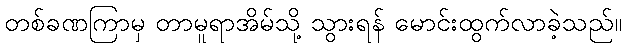
တစ်ခဏကြာမှ တာမူရာအိမ်သို့ သွားရန် မောင်းထွက်လာခဲ့သည်။